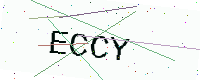
Text: ECCY